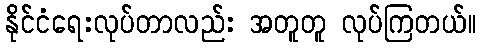
နိုင်ငံရေးလုပ်တာလည်း အတူတူ လုပ်ကြတယ်။